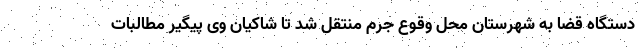
دستگاه قضا به شهرستان محل وقوع جرم منتقل شد تا شاکیان وی پیگیر مطالبات